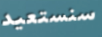
سنستعيد